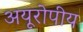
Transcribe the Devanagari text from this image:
अयूरोपीय